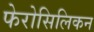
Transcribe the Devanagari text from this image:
फेरोसिलिकन